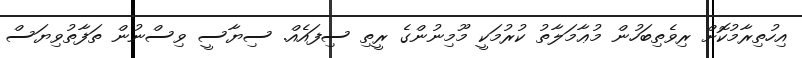
އިހުތިރާމުކޮށް ރިވެތިބަހުން މުޢާމަލާތު ކުރުމަކީ މޫމިނުންގެ ރީތި ސިފައެއް. ސިޔާސީ ވިސްނުން ތަފާތުވިޔަސް